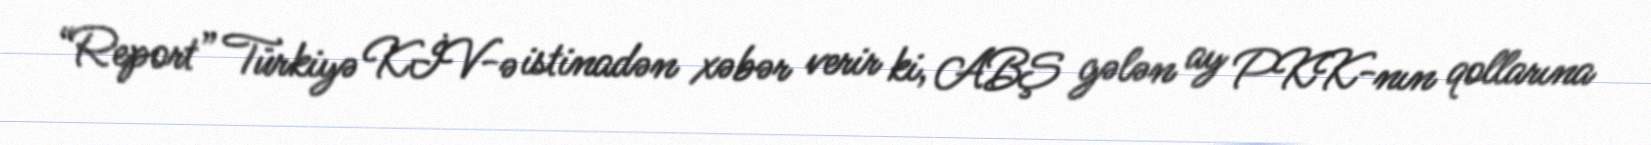
“Report” Türkiyə KİV-ə istinadən xəbər verir ki, ABŞ gələn ay PKK-nın qollarına